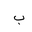
Letter: _ba